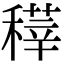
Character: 䅸